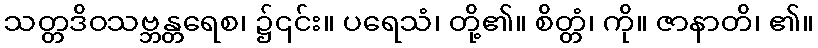
သတ္တဒိဝသဗ္ဘန္တရေစ၊ ၌၎င်း။ ပရေသံ၊ တို့၏။ စိတ္တံ၊ ကို။ ဇာနာတိ၊ ၏။